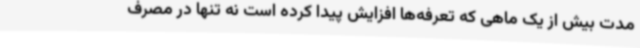
مدت بیش از یک ماهی که تعرفه‌ها افزایش پیدا کرده است نه تنها در مصرف